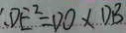
、 D E ^ { 2 } = D O \times D B